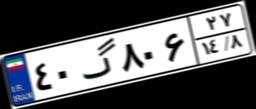
۸۸گ۰۴۵۰۴